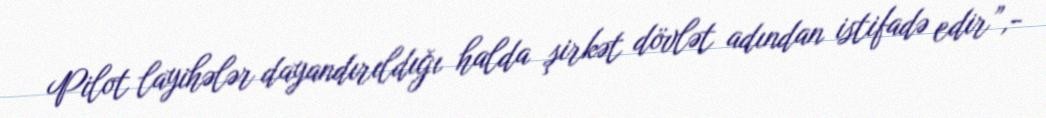
Pilot layihələr dayandırıldığı halda şirkət dövlət adından istifadə edir”,-